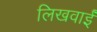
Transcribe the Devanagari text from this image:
लिखवाईं